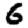
Digit: 6